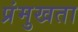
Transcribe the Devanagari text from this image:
प्रंमुखता